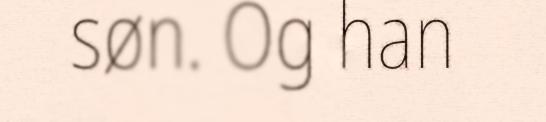
søn. Og han